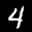
Label: 4